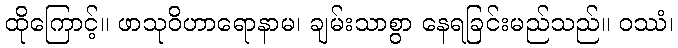
ထိုကြောင့်။ ဖာသုဝိဟာရောနာမ၊ ချမ်းသာစွာ နေရခြင်းမည်သည်။ ဝဿံ၊